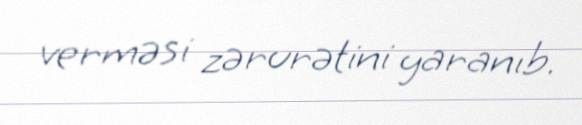
verməsi zərurətini yaranıb.